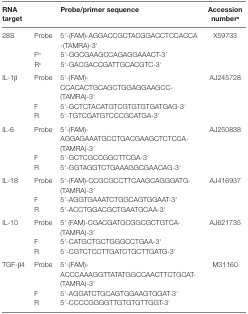
| RNA target |  | Probe/primer sequence | Accession numbera |
 | --- | --- | --- | --- |
 | <ROWSPAN=3> 28S | Probe | 5′-(FAM)-AGGACCGCTACGGACCTCCACCA -(TAMRA)-3′ | <ROWSPAN=3> X59733 |
 | Fb | 5′-GGCGAAGCCAGAGGAAACT-3′ |
 | Rc | 5′-GACGACCGATTGCACGTC-3′ |
 | <ROWSPAN=3> IL-1β | Probe | 5′-(FAM)-CCACACTGCAGCTGGAGGAAGCC-(TAMRA)-3′ | <ROWSPAN=3> AJ245728 |
 | F | 5′-GCTCTACATGTCGTGTGTGATGAG-3′ |
 | R | 5′-TGTCGATGTCCCGCATGA-3′ |
 | <ROWSPAN=3> IL-6 | Probe | 5′-(FAM)-AGGAGAAATGCCTGACGAAGCTCTCCA-(TAMRA)-3′ | <ROWSPAN=3> AJ250838 |
 | F | 5′-GCTCGCCGGCTTCGA-3′ |
 | R | 5′-GGTAGGTCTGAAAGGCGAACAG-3′ |
 | <ROWSPAN=3> IL-18 | Probe | 5′-(FAM)-CCGCGCCTTCAAGCAGGGATG-(TAMRA)-3′ | <ROWSPAN=3> AJ416937 |
 | F | 5′-AGGTGAAATCTGGCAGTGGAAT-3′ |
 | R | 5′-ACCTGGACGCTGAATGCAA-3′ |
 | <ROWSPAN=3> IL-10 | Probe | 5′ (FAM)-CGACGATGCGGCGCTGTCA-(TAMRA)-3′ | <ROWSPAN=3> AJ621735 |
 | F | 5′-CATGCTGCTGGGCCTGAA-3′ |
 | R | 5′-CGTCTCCTTGATCTGCTTGATG-3′ |
 | <ROWSPAN=3> TGF-β4 | Probe | 5′-(FAM)-ACCCAAAGGTTATATGGCCAACTTCTGCAT-(TAMRA)-3′ | <ROWSPAN=3> M31160 |
 | F | 5′-AGGATCTGCAGTGGAAGTGGAT-3′ |
 | R | 5′-CCCCGGGGTTGTGTGTTGGT-3′ |